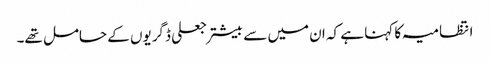
انتظامیہ کا کہنا ہے کہ ان میں سے بیشتر جعلی ڈگریوں کے حامل تھے۔